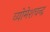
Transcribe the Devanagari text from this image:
व्योमेशचन्द्र